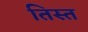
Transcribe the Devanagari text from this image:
तिस्‍त